Scottish Leaving Certificate Examination, 1957
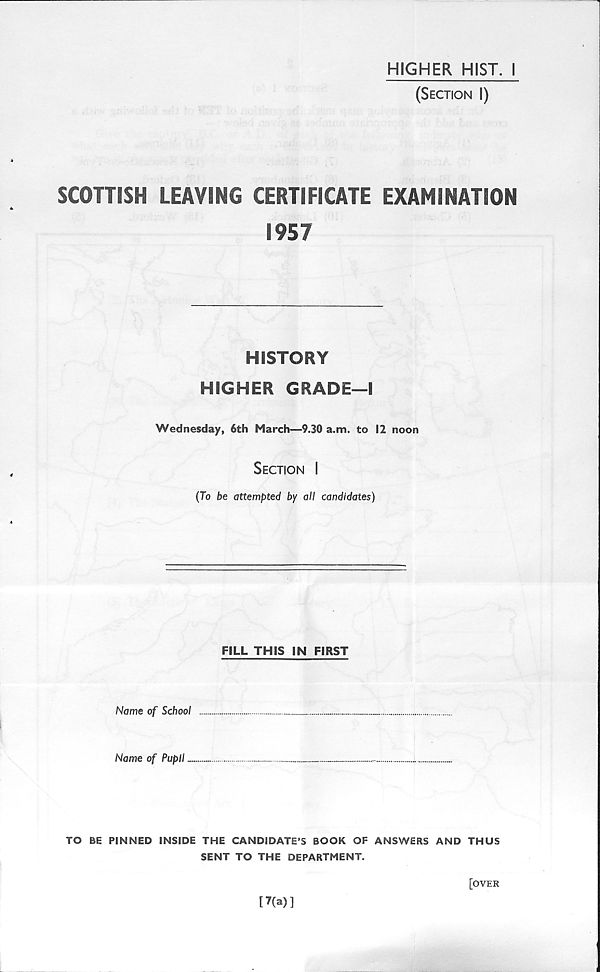
HIGHER HIST. I
(Section I)
SCOTTISH LEAVING CERTIFICATE EXAMINATION
1957
HISTORY
HIGHER GRADE—I
Wednesday, 6th March—9.30 a.m. to 12 noon
Section I
(To be attempted by all candidates)
FILL THIS IN FIRST
Name of School
Name of Pupil
TO BE PINNED INSIDE THE CANDIDATE’S BOOK OF ANSWERS AND THUS
SENT TO THE DEPARTMENT.
[7(a)]
[OVER